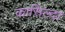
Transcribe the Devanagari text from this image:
कासिल्दा